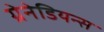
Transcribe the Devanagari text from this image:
ग्रेनेडियन्स